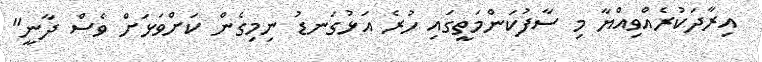
އިރާދަކުރެއްވިއްޔާ މި ސާފުކަންމަތީގައި ހުރެ އަޅުގަނޑު ނިމިގެން ކަށްވަޅަށް ވެސް ދާނީ"